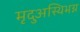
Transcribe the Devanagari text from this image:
मृदुअस्थिभग्न